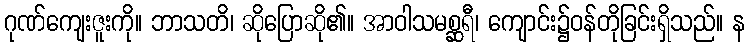
ဂုဏ်ကျေးဇူးကို။ ဘာသတိ၊ ဆိုပြောဆို၏။ အာဝါသမစ္ဆရီ၊ ကျောင်း၌ဝန်တိုခြင်းရှိသည်။ န